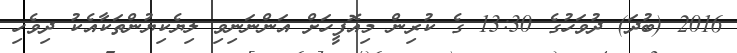
2016 (ބުދަ) ދުވަހުގެ 13:30 ގެ ކުރިން މިއޮފީހަށް އަންނަނިވި ލިޔެކިޔުންތަކާއެކު ދިވެހި